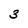
Character: 3